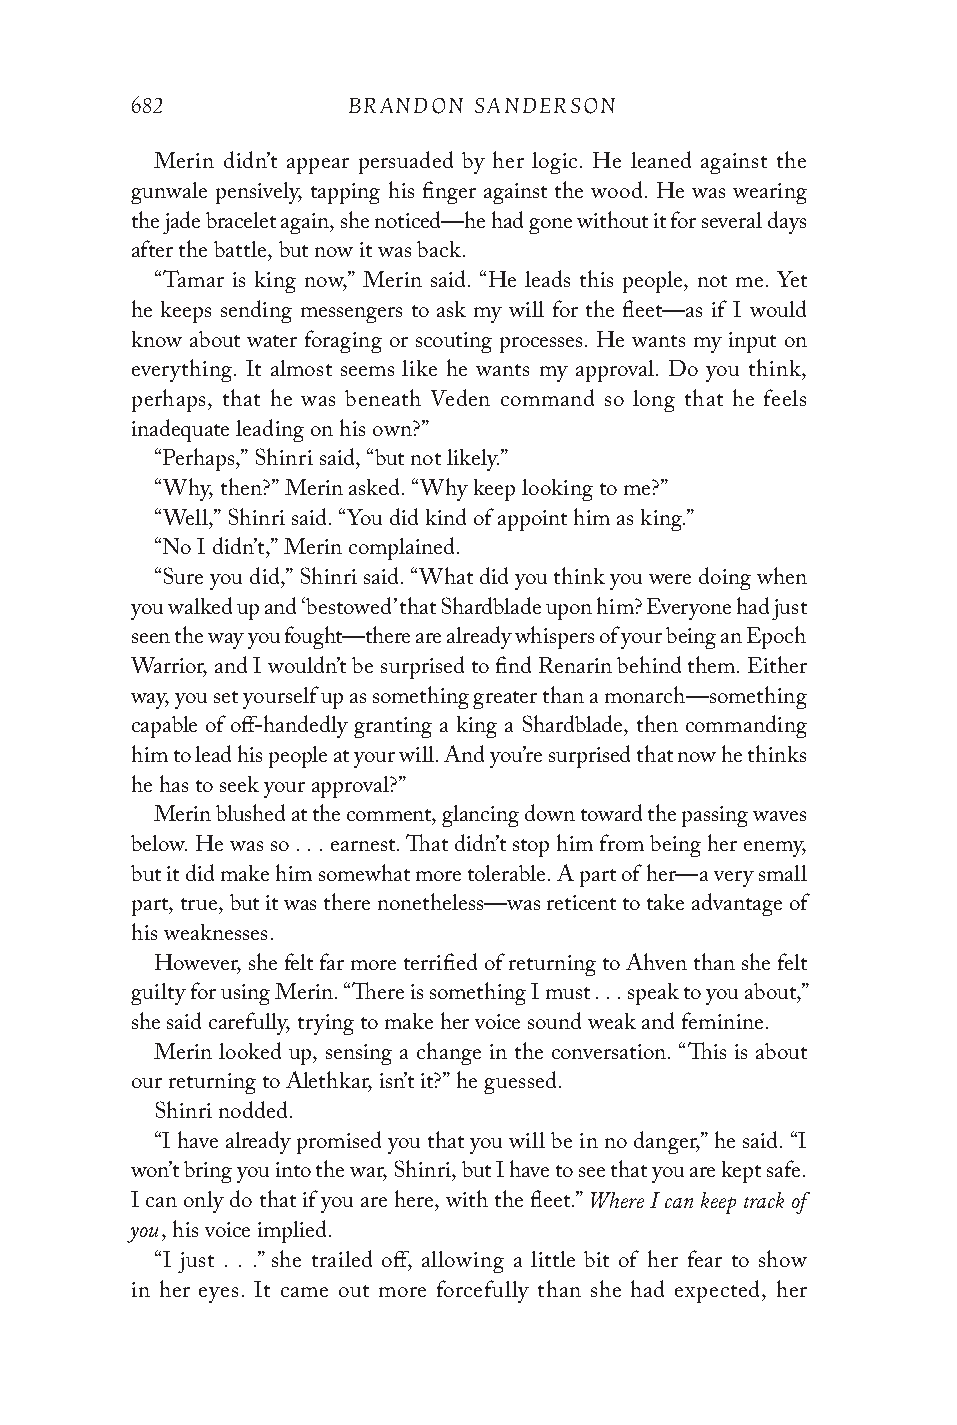
682           BRANDON SANDERSON
 Merin didn’t appear persuaded by her logic. He leaned against the
 gunwale pensively, tapping his finger against the wood. He was wearing
 the jade bracelet again, she noticed—he had gone without it for several days
 after the battle, but now it was back.
 “Tamar is king now,” Merin said. “He leads this people, not me. Yet
 he keeps sending messengers to ask my will for the fleet—as if I would
 know about water foraging or scouting processes. He wants my input on
 everything. It almost seems like he wants my approval. Do you think,
 perhaps, that he was beneath Veden command so long that he feels
 inadequate leading on his own?”
 “Perhaps,” Shinri said, “but not likely.”
 “Why, then?” Merin asked. “Why keep looking to me?”
 “Well,” Shinri said. “You did kind of appoint him as king.”
 “No I didn’t,” Merin complained.
 “Sure you did,” Shinri said. “What did you think you were doing when
 you walked up and ‘bestowed’ that Shardblade upon him? Everyone had just
 seen the way you fought—there are already whispers of your being an Epoch
 Warrior, and I wouldn’t be surprised to find Renarin behind them. Either
 way, you set yourself up as something greater than a monarch—something
 capable of off-handedly granting a king a Shardblade, then commanding
 him to lead his people at your will. And you’re surprised that now he thinks
 he has to seek your approval?”
 Merin blushed at the comment, glancing down toward the passing waves
 below. He was so . . . earnest. That didn’t stop him from being her enemy,
 but it did make him somewhat more tolerable. A part of her—a very small
 part, true, but it was there nonetheless—was reticent to take advantage of
 his weaknesses.
 However, she felt far more terrified of returning to Ahven than she felt
 guilty for using Merin. “There is something I must . . . speak to you about,”
 she said carefully, trying to make her voice sound weak and feminine.
 Merin looked up, sensing a change in the conversation. “This is about
 our returning to Alethkar, isn’t it?” he guessed.
 Shinri nodded.
 “I have already promised you that you will be in no danger,” he said. “I
 won’t bring you into the war, Shinri, but I have to see that you are kept safe.
 Where I can keep track of
 I can only do that if you are here, with the fleet.”
 you
 , his voice implied.
 “I just . . .” she trailed off, allowing a little bit of her fear to show
 in her eyes. It came out more forcefully than she had expected, her